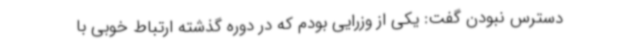
دسترس نبودن گفت: یکی از وزرایی بودم که در دوره گذشته ارتباط خوبی با